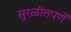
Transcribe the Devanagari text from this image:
सुरळीतपणें